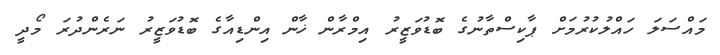
މައްސަލަ ހައްލުކުރުމަށް ޕާކިސްތާނުގެ ބޮޑުވަޒީރު އިމްރާން ޚާން އިންޑިއާގެ ބޮޑުވަޒީރު ނަރެންދުރަ މޯދީ